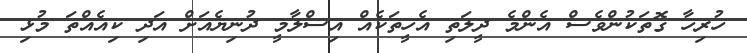
ހުރިހާ ގޮތަކުންވެސް އެންމެ ދީލަތި އެހީތަކެއް އިސްލާމީ ދުނިޔެއަށް އަދި ކިއެއްތަ މުޅި